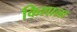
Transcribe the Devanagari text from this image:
किशाला